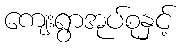
ကျေးရွာအုပ်စုနှင့်